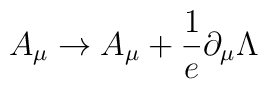
A_\mu\to A_\mu+\frac{1}{e}\partial_\mu \Lambda